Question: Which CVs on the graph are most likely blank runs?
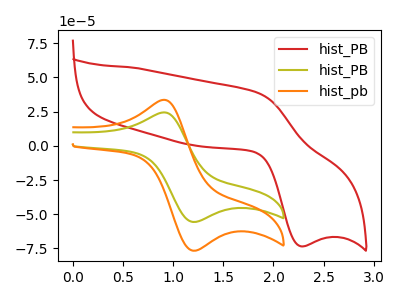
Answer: <think>The red curve "hist_PB" has an anodic peak at (1.85V, 38.60uA) and a cathodic peak at (2.25V, -73.40uA). The olive curve "hist_PB" has an anodic peak at (0.90V, 24.30uA) and a cathodic peak at (1.20V, -55.60uA). The orange curve "hist_pb" has an anodic peak at (0.90V, 33.45uA) and a cathodic peak at (1.20V, -76.55uA).</think>
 <answer>There are not any CV's on this graph that are likely to be blanks.</answer>
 <eval>none</eval>